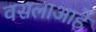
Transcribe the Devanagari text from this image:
वसलाआहे